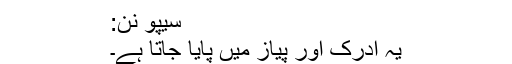
سیپو نن:
یہ ادرک اور پیاز میں پایا جاتا ہے۔